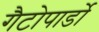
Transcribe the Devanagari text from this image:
गैटोपार्डो